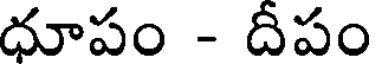
ధూపం - దీపం